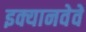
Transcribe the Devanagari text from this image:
इक्यानवेवें